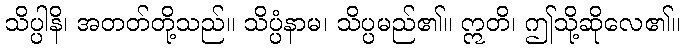
သိပ္ပါနိ၊ အတတ်တို့သည်။ သိပ္ပံနာမ၊ သိပ္ပမည်၏။ ဣတိ၊ ဤသို့ဆိုလေ၏။